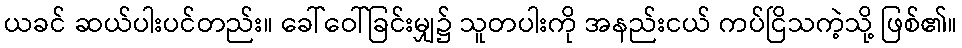
ယခင် ဆယ်ပါးပင်တည်း။ ခေါ်ဝေါ်ခြင်းမျှ၌ သူတပါးကို အနည်းငယ် ကပ်ငြိသကဲ့သို့ ဖြစ်၏။